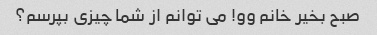
صبح بخیر خانم وو! می توانم از شما چیزی بپرسم؟